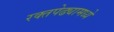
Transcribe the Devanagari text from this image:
रक्तपेढ्यामध्ये